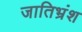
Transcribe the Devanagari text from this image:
जातिभ्रंश